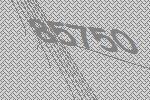
85750